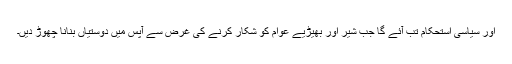
اور سیاسی استحکام تب آئے گا جب شیر اور بھیڑیے عوام کو شکار کرنے کی غرض سے آپس میں دوستیاں بنانا چھوڑ دیں۔